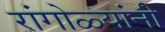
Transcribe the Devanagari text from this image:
रांगोळ्यांनी